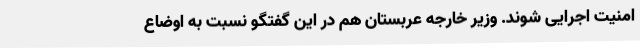
امنیت اجرایی شوند. وزیر خارجه عربستان هم در این گفتگو نسبت به اوضاع